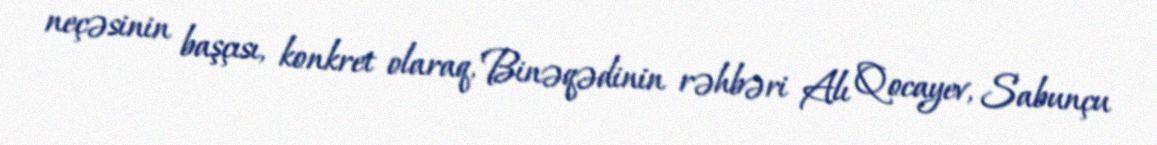
neçəsinin başçısı, konkret olaraq, Binəqədinin rəhbəri Alı Qocayev, Sabunçu